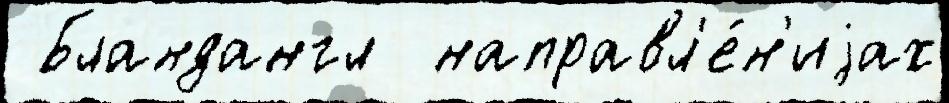
 Бландангл  направл'е́н'иjах